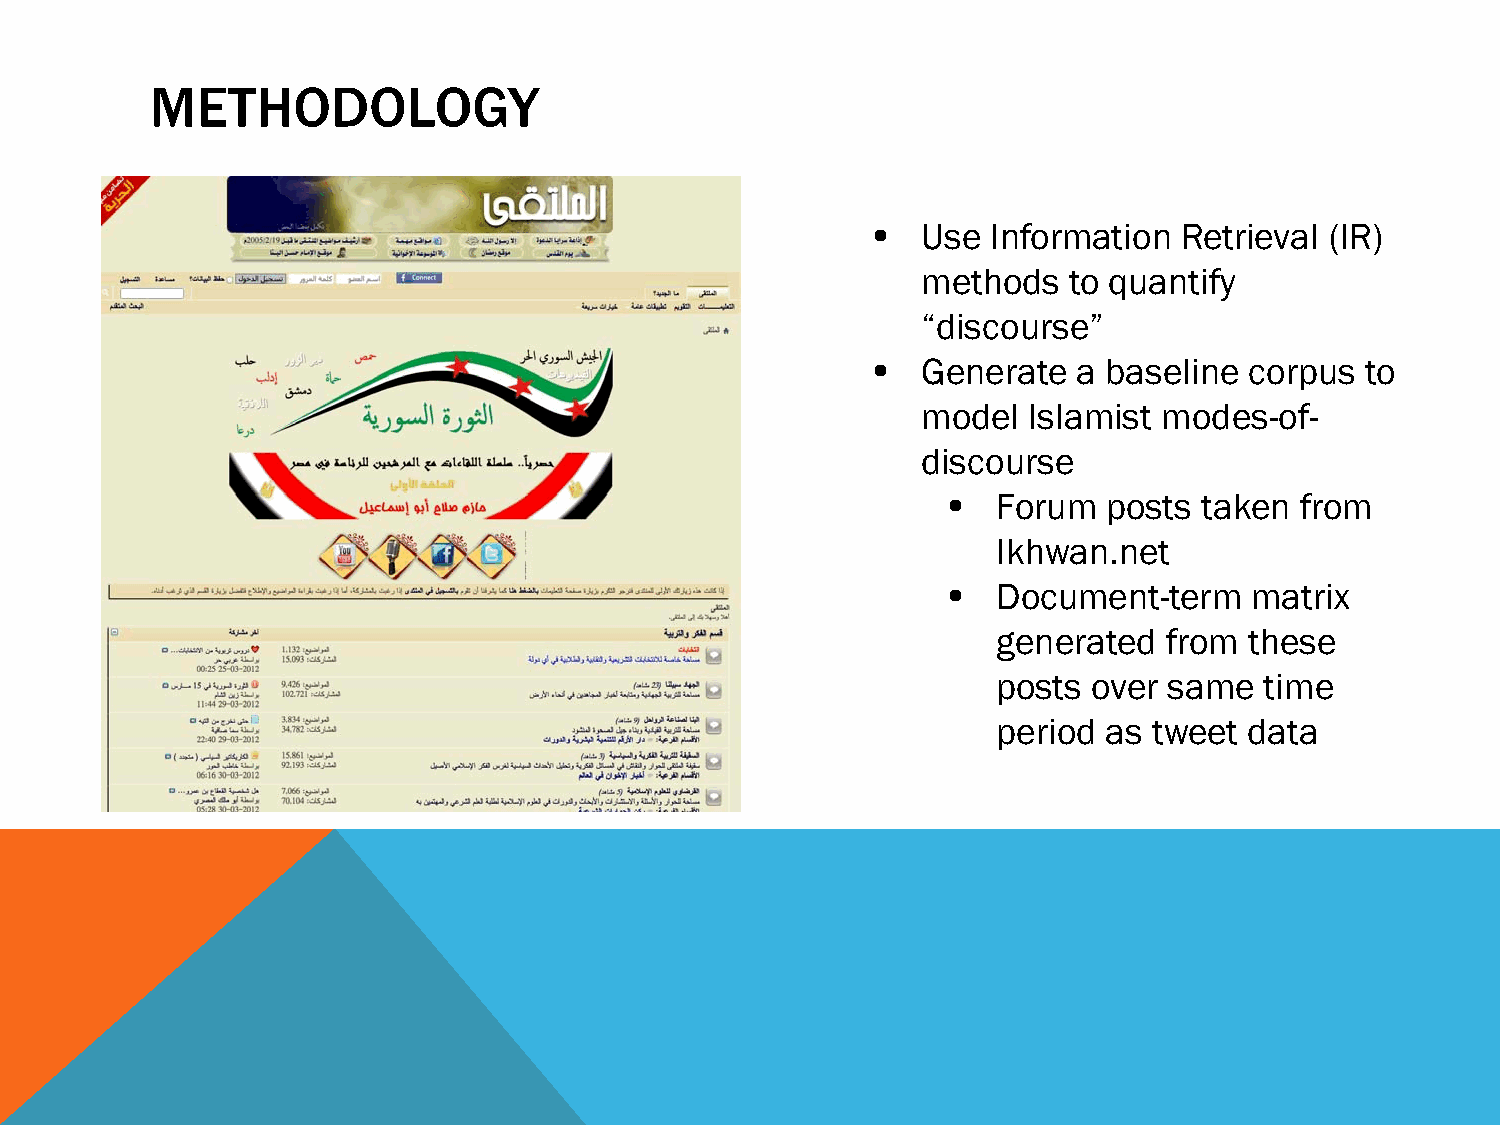
METHODOLOGY
 •  Use  Information Retrieval (IR)
 methods   to quantify
 “discourse”
 •  Generate  a baseline  corpus to
 model  Islamist modes-of-
 discourse
 •  Forum  posts  taken from
 Ikhwan.net
 •  Document-term    matrix
 generated  from  these
 posts over same   time
 period as tweet  data